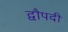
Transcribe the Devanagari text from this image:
द्वौपदी